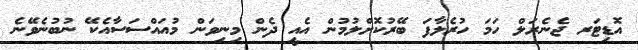
އޮޑިޓަރ ޖެނެރަލް ހަމަ ހުރެލާފަ ބޭރުކޮށްލުމުން އެއީ ދެން މިނިވަން މުއައްސަސާއެކޭ ނުބުނެވޭނެ